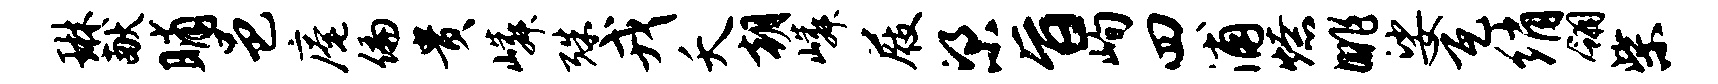
琳献晡邑庵偏贵嶙殊戎夭朝嶙屐梁旨峋四浦燎眺娑瓦绡翎柴